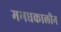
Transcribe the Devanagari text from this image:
मगधकालीन